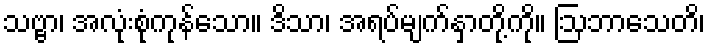
သဗ္ဗာ၊ အလုံးစုံကုန်သော။ ဒိသာ၊ အရပ်မျက်နှာတို့ကို။ ဩဘာသေတိ၊